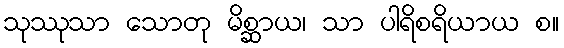
သုဿုသာ သောတု မိစ္ဆာယ၊ သာ ပါရိစရိယာယ စ။